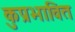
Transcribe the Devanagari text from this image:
कुप्रभावित